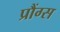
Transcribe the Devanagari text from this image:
प्रौंग्स